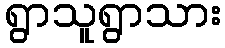
ရွာသူရွာသား